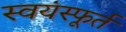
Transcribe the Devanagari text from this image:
स्वयंस्फूर्त